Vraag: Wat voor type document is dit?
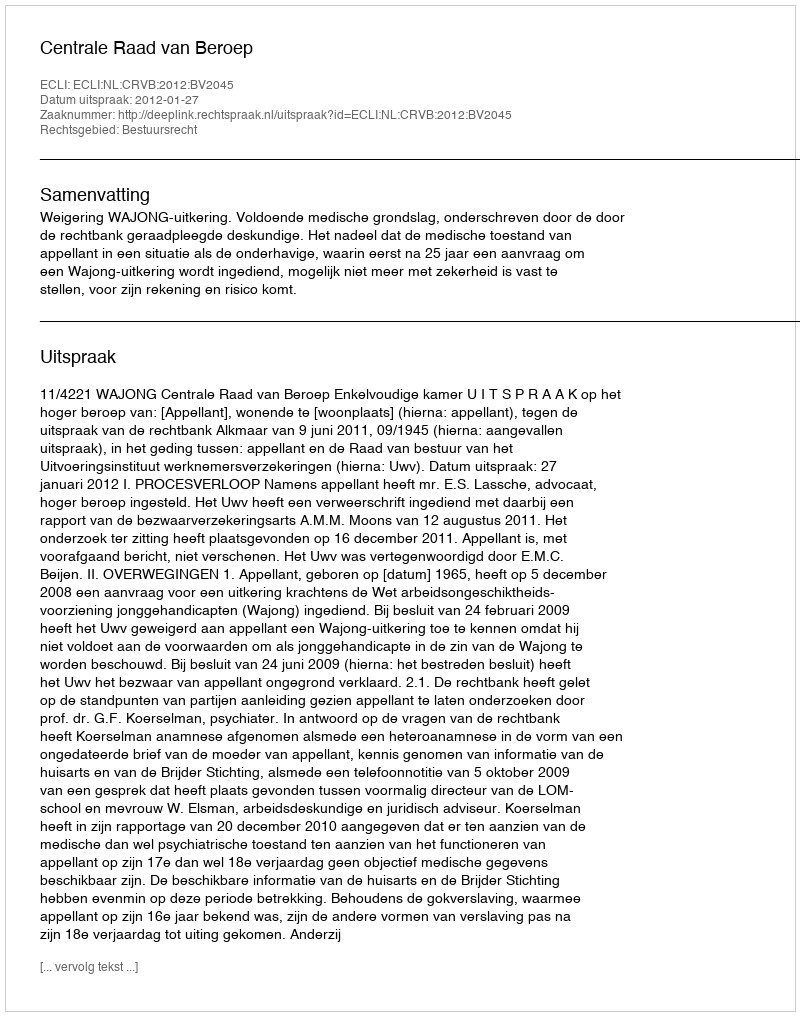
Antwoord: Uitspraak